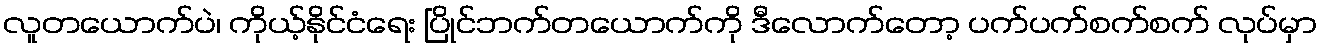
လူတယောက်ပဲ၊ ကိုယ့်နိုင်ငံရေး ပြိုင်ဘက်တယောက်ကို ဒီလောက်တော့ ပက်ပက်စက်စက် လုပ်မှာ